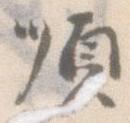
順